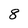
Character: 8